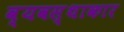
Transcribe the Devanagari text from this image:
व्यवस्थाकार